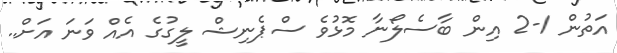
އަތުން 1-2 އިން ބާސެލޯނާ މޮޅުވެ ސްޕެނިޝް ލީގުގެ އެއް ވަނަ އަށް..